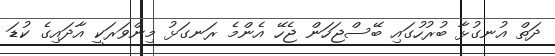
ދަތް އުނގުޅާ ބުރުހުގައި ބޭސްޖަހަން ޖެހޭ އެންމެ ރަނގަޅު މިންވަރަކީ އާދައިގެ ކުޑަ